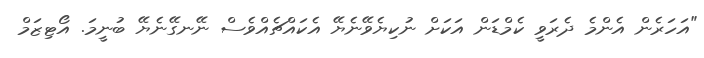
"އަހަރެން އެންމެ ދެރަވީ ކެމްޑަން އަކަށް ނުކިޔެވޭނެޔޭ އެކައްޗެއްވެސް ނޭނގޭނެޔޭ ބުނީމަ. އޯޓިޒަމް